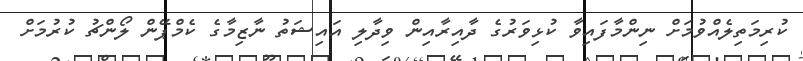
ކުރިމަތިލެއްވުމަށް ނިންމާފައިވާ ކުޅިވަރުގެ ދާއިރާއިން ވިދާލި އައިޝަތު ނާޒިމާގެ ކެމްޕޭން ލޯންޗު ކުރުމަށް